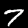
Label: 7